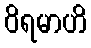
ဝိရမာဟိ